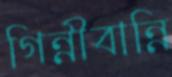
গিন্নীবান্নি